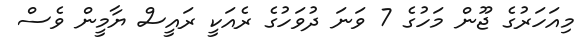
މިއަހަރުގެ ޖޫން މަހުގެ 7 ވަނަ ދުވަހުގެ ރެއަކީ ރައީސް ޔާމީން ވެސް